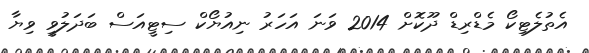
އެތުލެޓިކޯ މެޑްރިޑް ދޫކޮށް 2014 ވަނަ އަހަރު ނިއުޔޯކް ސިޓީއަސް ބަދަލުވީ ވިޔާ